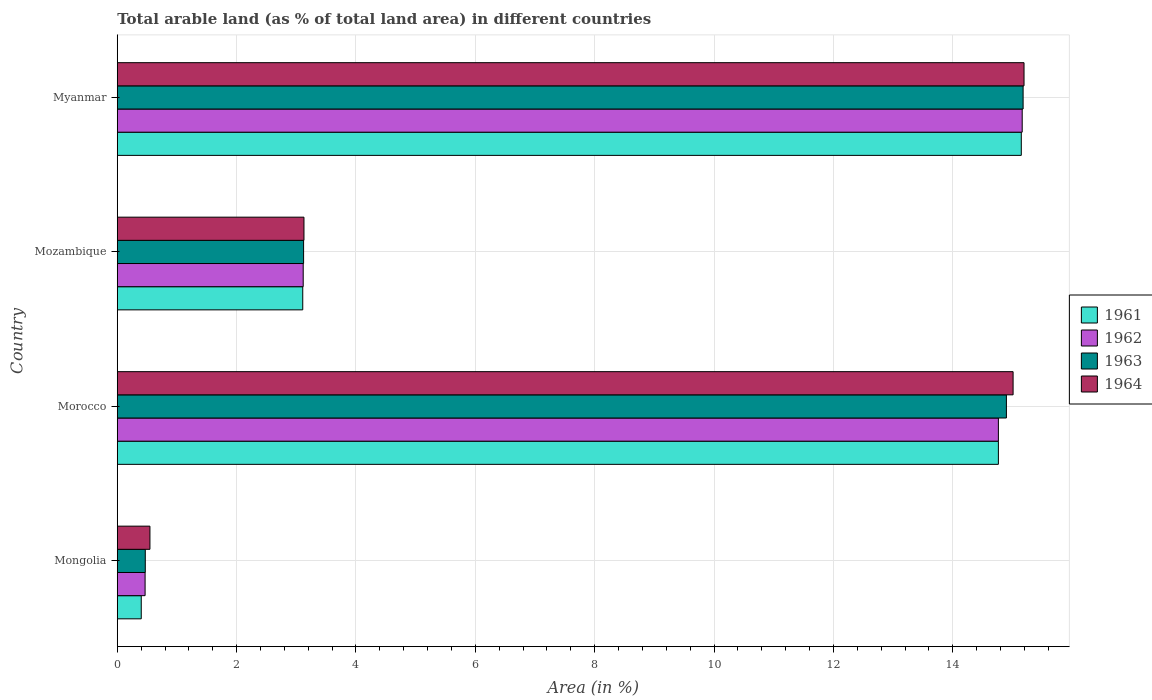
| Country | 1961 | 1962 | 1963 | 1964 |
 | --- | --- | --- | --- | --- |
 | Mongolia | 0.402 | 0.466 | 0.469 | 0.547 |
 | Morocco | 14.8 | 14.8 | 14.9 | 15 |
 | Mozambique | 3.11 | 3.12 | 3.12 | 3.13 |
 | Myanmar | 15.1 | 15.2 | 15.2 | 15.2 |